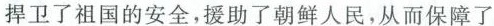
捍卫了祖国的安全，援助了朝鲜人民，从而保障了